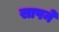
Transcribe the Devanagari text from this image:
सापने